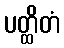
ပတ္ထိတံ